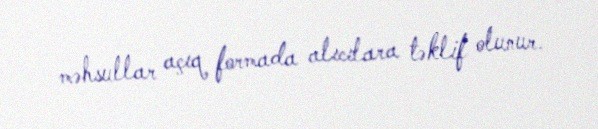
məhsullar açıq formada alıcılara təklif olunur.